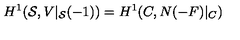
H ^ { 1 } ( { \cal S } , V | _ { { \cal S } } ( - 1 ) ) = H ^ { 1 } ( C , N ( - F ) | _ { C } )